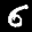
Label: 6